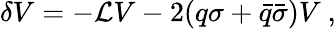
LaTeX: \delta V=-{\mathcal L}V-2(q\sigma+{\bar{q}}{\bar{\sigma}})V\ ,